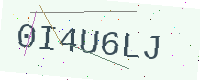
Text: 0I4U6LJ